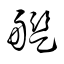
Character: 艦